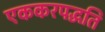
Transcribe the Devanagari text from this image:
एककरपद्धति